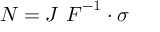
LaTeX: { \boldsymbol { N } } = J ~ { \boldsymbol { F } } ^ { - 1 } \cdot { \boldsymbol { \sigma } }